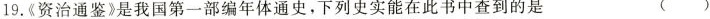
19.《资治通鉴》是我国第一部编年体通史，下列史实能在此书中查到的是 ( )